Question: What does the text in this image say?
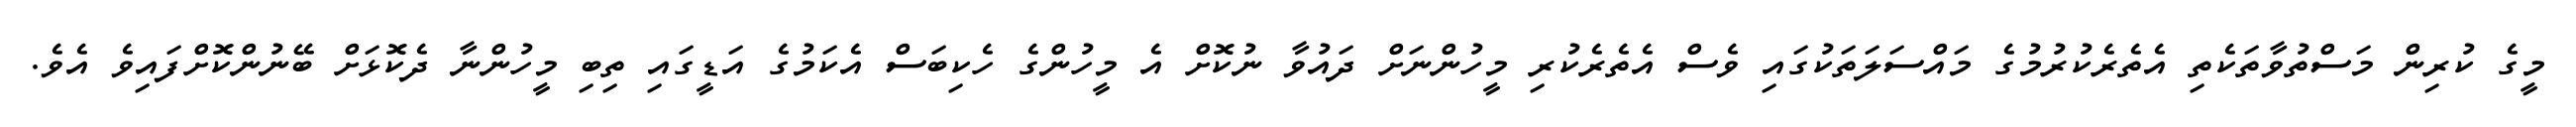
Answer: މީގެ ކުރިން މަސްތުވާތަކެތި އެތެރެކުރުމުގެ މައްސަލަތަކުގައި ވެސް އެތެރެކުރި މީހުންނަށް ދައުވާ ނުކޮށް އެ މީހުންގެ ހެކިބަސް އެކަމުގެ އަޑީގައި ތިބި މީހުންނާ ދެކޮޅަށް ބޭނުންކޮށްފައިވެ އެވެ.